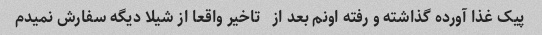
پیک غذا آورده گذاشته و رفته اونم بعد از   تاخیر واقعا از شیلا دیگه سفارش نمیدم